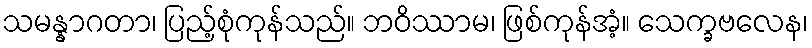
သမန္နာဂတာ၊ ပြည့်စုံကုန်သည်။ ဘဝိဿာမ၊ ဖြစ်ကုန်အံ့။ သေက္ခဗလေန၊